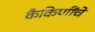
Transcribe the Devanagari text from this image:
कैकिणींचे